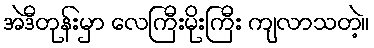
အဲဒီတုန်းမှာ လေကြီးမိုးကြီး ကျလာသတဲ့။